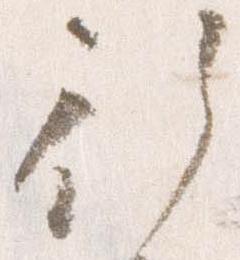
行